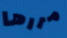
مررها